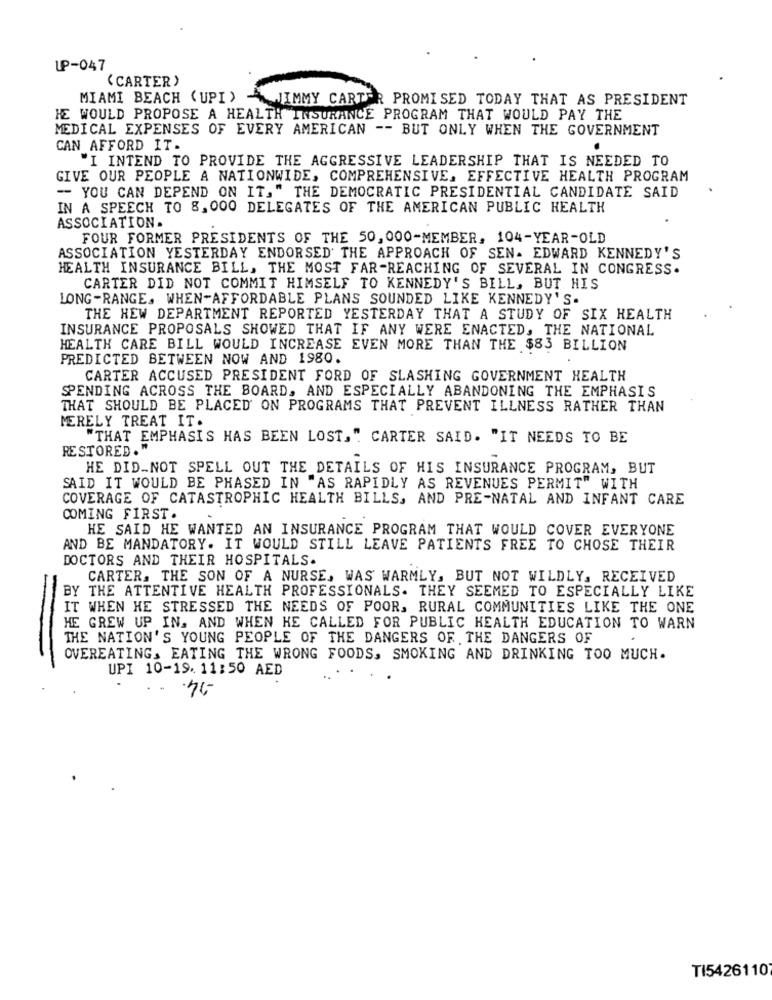
UP-047
( CARTER )
MIAMI BEACH (UPI) -JIMMY CARTER PROMISED TODAY THAT AS PRESIDENT
HE WOULD PROPOSE A HEALTH INSURANCE PROGRAM THAT WOULD PAY THE
MEDICAL EXPENSES OF EVERY AMERICAN -- BUT ONLY WHEN THE GOVERNMENT
CAN AFFORD IT.
"I INTEND TO PROVIDE THE AGGRESSIVE LEADERSHIP THAT IS NEEDED TO
GIVE OUR PEOPLE A NATIONWIDE, COMPREHENSIVE, EFFECTIVE HEALTH PROGRAM
- YOU CAN DEPEND ON IT," THE DEMOCRATIC PRESIDENTIAL CANDIDATE SAID
IN A SPEECH TO 8, 000 DELEGATES OF THE AMERICAN PUBLIC HEALTH
ASSOCIATION.
FOUR FORMER PRESIDENTS OF THE 50,000-MEMBER, 104-YEAR-OLD
ASSOCIATION YESTERDAY ENDORSED THE APPROACH OF SEN. EDWARD KENNEDY'S
HEALTH INSURANCE BILL, THE MOST FAR-REACHING OF SEVERAL IN CONGRESS.
CARTER DID NOT COMMIT HIMSELF TO KENNEDY'S BILL, BUT HIS
LONG-RANGE. WHEN-AFFORDABLE PLANS SOUNDED LIKE KENNEDY'S.
THE HEW DEPARTMENT REPORTED YESTERDAY THAT A STUDY OF SIX HEALTH
INSURANCE PROPOSALS SHOWED THAT IF ANY WERE ENACTED, THE NATIONAL
HEALTH CARE BILL WOULD INCREASE EVEN MORE THAN THE $83 BILLION
PREDICTED BETWEEN NOW AND 1980.
CARTER ACCUSED PRESIDENT FORD OF SLASHING GOVERNMENT HEALTH
SPENDING ACROSS THE BOARD, AND ESPECIALLY ABANDONING THE EMPHASIS
THAT SHOULD BE PLACED ON PROGRAMS THAT PREVENT ILLNESS RATHER THAN
MERELY TREAT IT.
"THAT EMPHASIS HAS BEEN LOST," CARTER SAID. "IT NEEDS TO BE
RESTORED ."
HE DID_NOT SPELL OUT THE DETAILS OF HIS INSURANCE PROGRAM, BUT
SAID IT WOULD BE PHASED IN "AS RAPIDLY AS REVENUES PERMIT" WITH
COVERAGE OF CATASTROPHIC HEALTH BILLS, AND PRE-NATAL AND INFANT CARE
COMING FIRST .
HE SAID HE WANTED AN INSURANCE PROGRAM THAT WOULD COVER EVERYONE
AND BE MANDATORY. IT WOULD STILL LEAVE PATIENTS FREE TO CHOSE THEIR
DOCTORS AND THEIR HOSPITALS.
CARTER, THE SON OF A NURSE, WAS WARMLY, BUT NOT WILDLY, RECEIVED
BY THE ATTENTIVE HEALTH PROFESSIONALS. THEY SEEMED TO ESPECIALLY LIKE
IT WHEN HE STRESSED THE NEEDS OF POOR, RURAL COMMUNITIES LIKE THE ONE
HE GREW UP IN. AND WHEN HE CALLED FOR PUBLIC HEALTH EDUCATION TO WARN
THE NATION'S YOUNG PEOPLE OF THE DANGERS OF THE DANGERS OF
-
OVEREATING, EATING THE WRONG FOODS, SMOKING AND DRINKING TOO MUCH.
UPI 10-19. 11:50 AED
.75
TI5426110